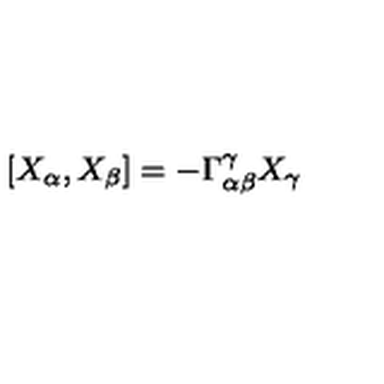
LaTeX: [ X _ { \alpha } , X _ { \beta } ] = - \Gamma _ { \alpha \beta } ^ { \gamma } X _ { \gamma }